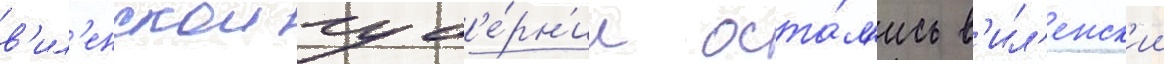
в'ил'енскои губ'е́рн'ии оста́л'ись в'ил'енск'ии